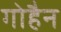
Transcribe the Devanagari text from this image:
गोहैन